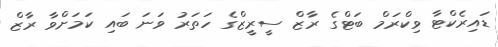
ޑައިރެކްޓާ ވިކްރަމް ބަޓްގެ ރާޒް ސީރީޒްގެ ހަތަރު ވަނަ ބައި ކަަމަށްވާ ރާޒް